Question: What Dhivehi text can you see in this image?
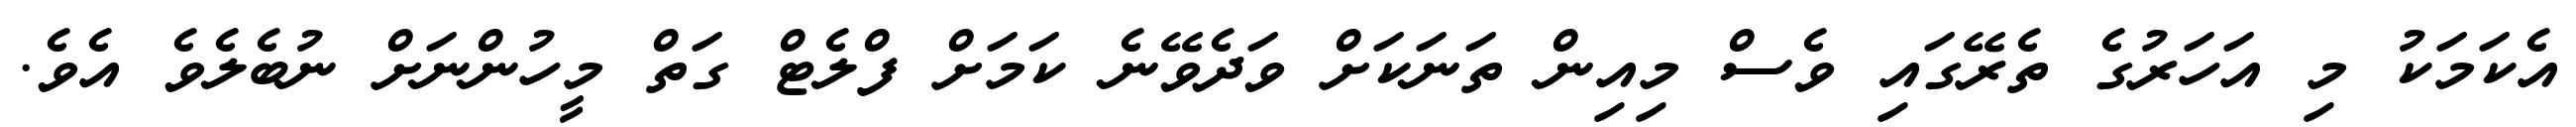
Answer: އެކަމަކު މި އަހަރުގެ ތެރޭގައި ވެސް މިއިން ތަނަކަށް ވަދެވޭނެ ކަމަށް ފްލެޓް ގަތް މީހުންނަށް ނުބެލެވެ އެވެ.